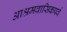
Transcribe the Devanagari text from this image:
आश्रमवासिकपर्व